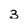
Character: 3